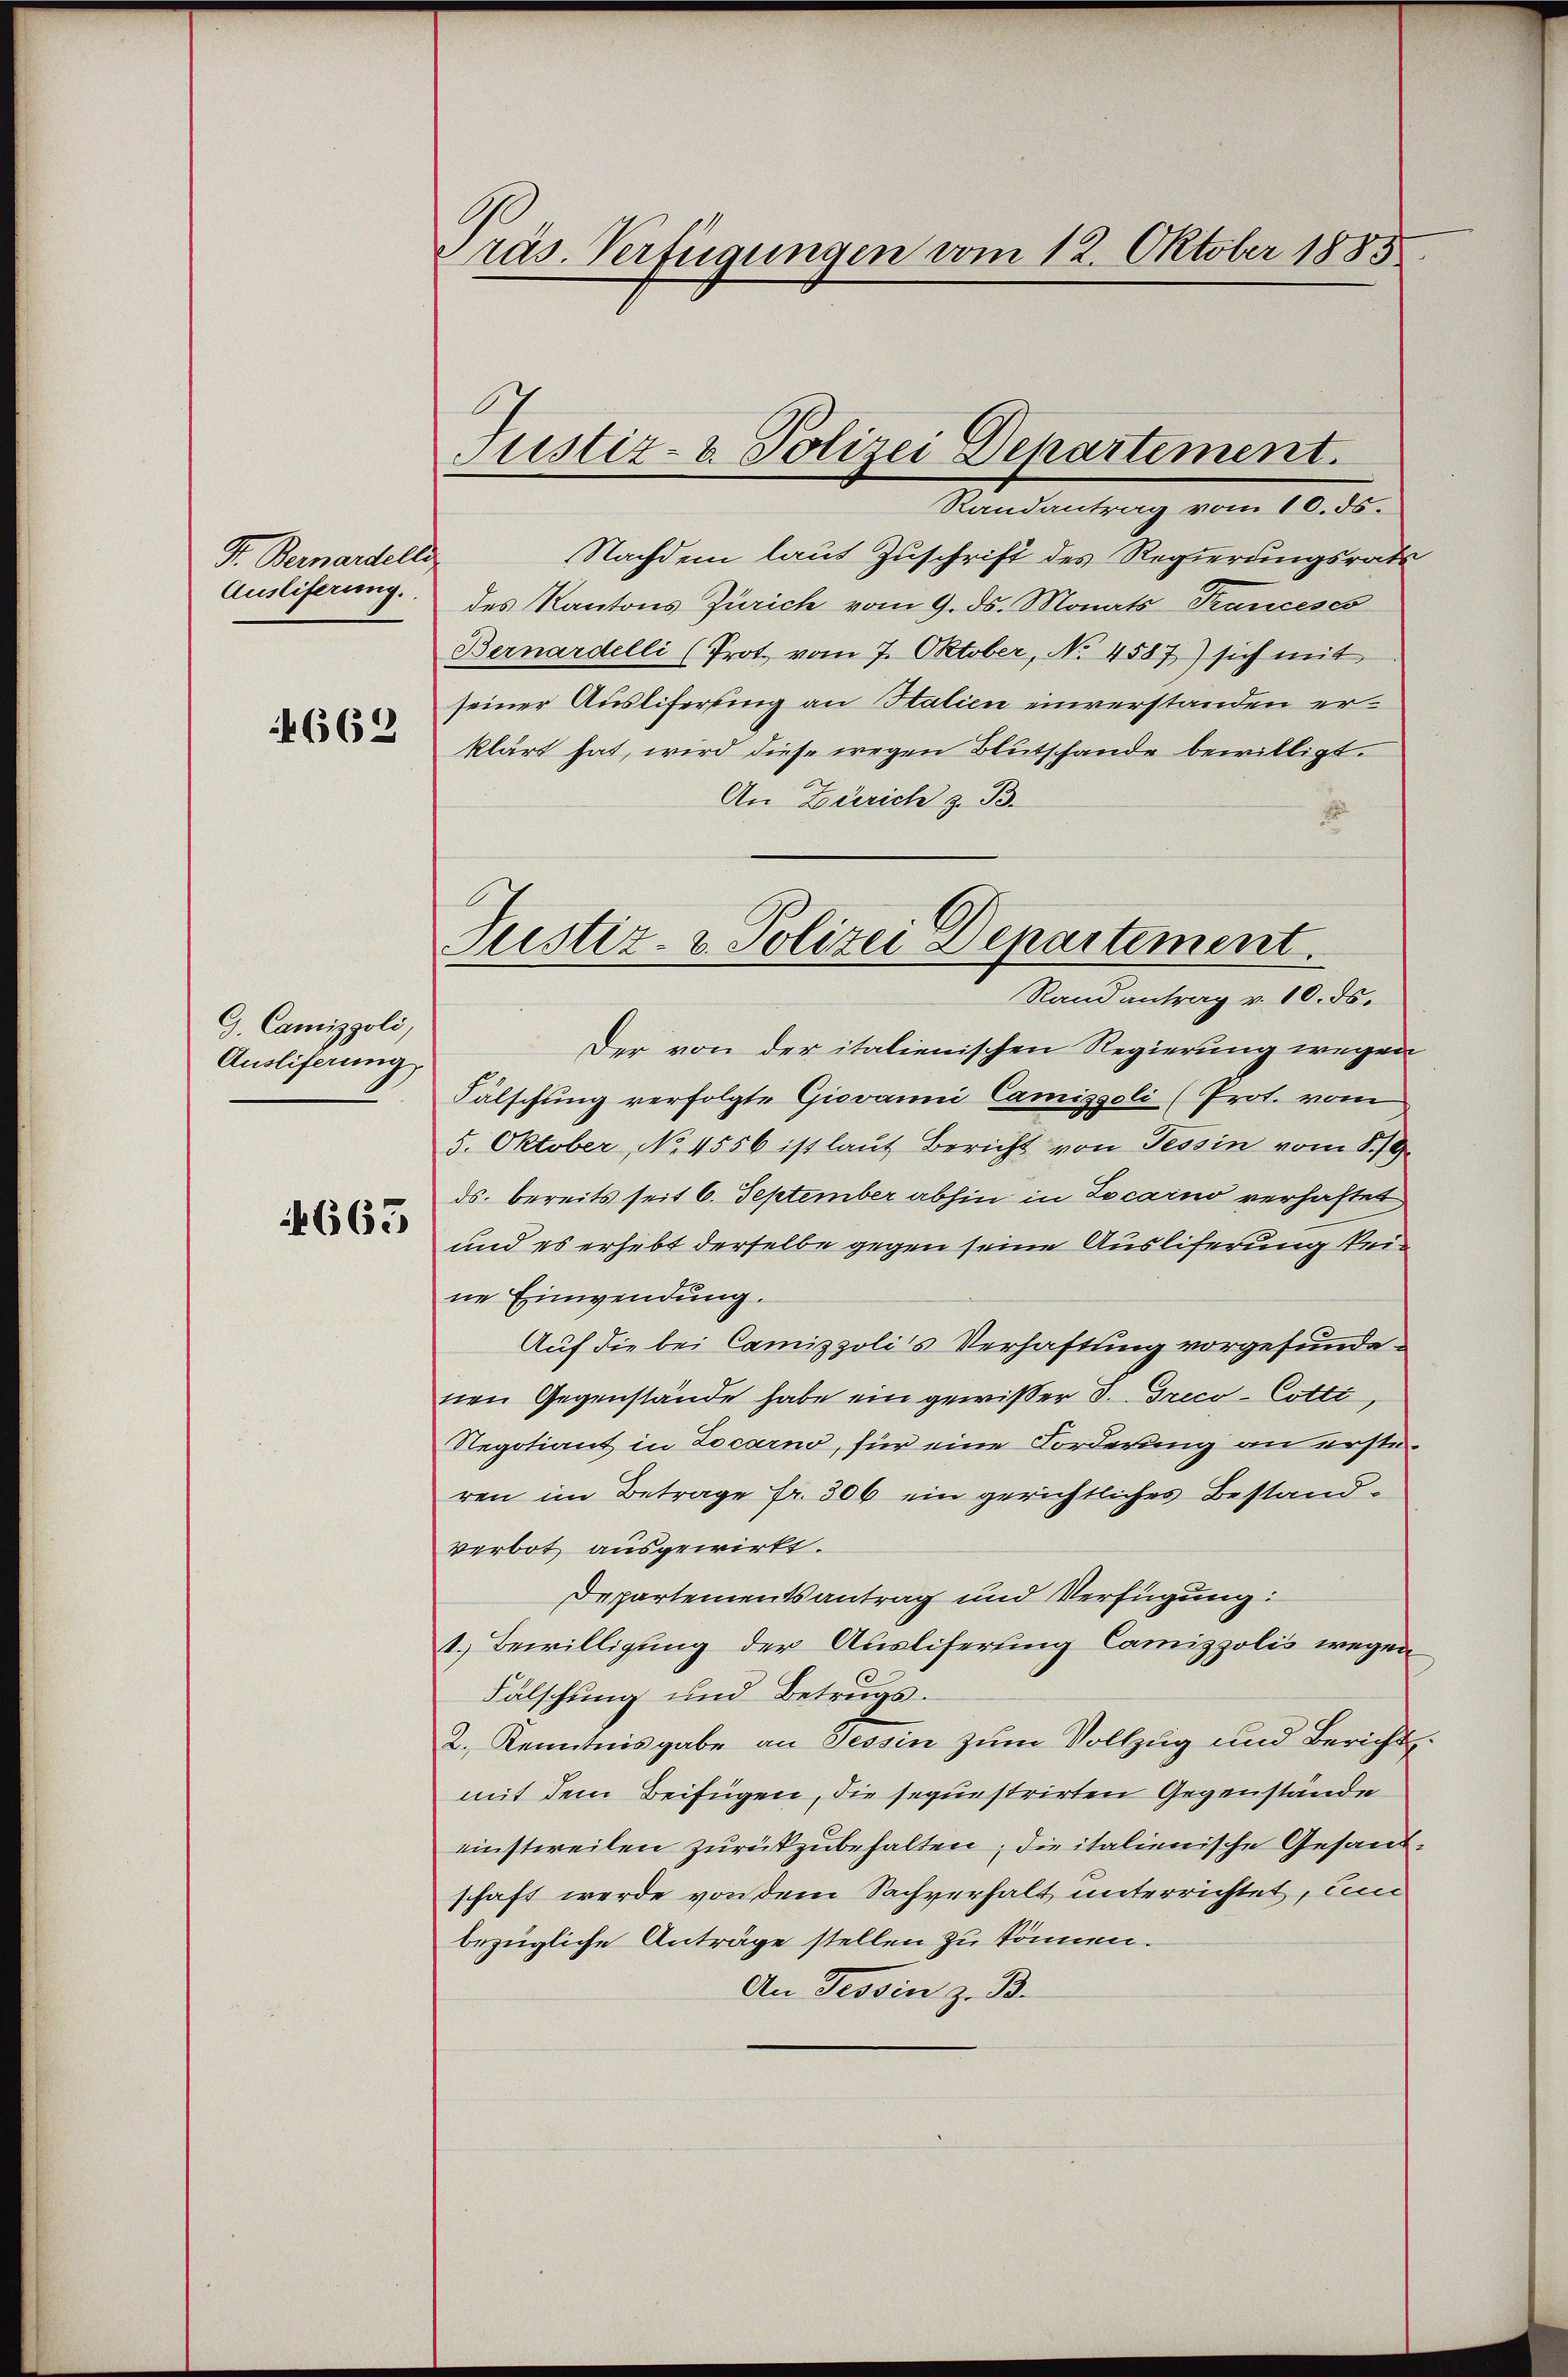
Pr. Bernardellen
Ausliferung.
4662

G. Camizpoli
Auslieferung

665

räs. Verfügungen vom 12. Oktober 1885

Justiz- u. Polizei Departement.

Randantrag vom 10. ds.
Nachdem laut Zuschrift des Regierungsrats
des Kantons Zürich vom 9. ds. Monats Trancess
Bernardelli (Prot. vom 7. Oktober, No 4587) sich mit
seiner Ausliferung an Stalien einverstanden erklärt hat, wird diese wegen Blutschande bewilligt.
An Zürich z. B.
Randantrag v. 10. ds.
Der von der italienischen Regierung wegen
Fälschung verfolgte Giovanni Camissoli (Prot. vom
5. Oktober, No 4556 ist laut Bericht von Tessin vom 8./9.
ds. bereits seit 6. September abhin in Locarno verhaftet
und es erhebt derselbe gegen seine Auslieferung keine Einwendung.
Auf die bei Camizpoli's Verhaftung vorgefundenen Gegenstände habe ein gewißer d. reco-Cotti,
Regotiant in Locarno, für eine Forderung an ersteren im Betrage fr. 306 ein gerichtliches Bestandverbot ausgewirkt.
Departementsantrag und Verfügung:
1.) Bewilligung der Ausliferung Camizpolis wegen
3
Fälschung und Betrugs.
2., Kenntnisgabe an Tessin zum Vollzug und Bericht
mit dem Beifügen, die seguestrirten Gegenstände
einstweilen zurückzubehalten, die italienische Gesandschaft werde von dem Sachverhalt unterrichtet, un
bezügliche Anträge stellen zu können.
An Tessin z. B.

Justiz- & Polizei Departement.